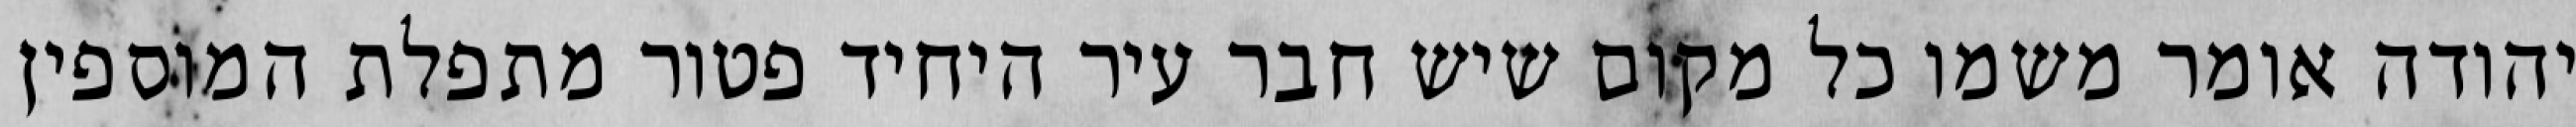
יהודה אומר משמו כל מקום שיש חבר עיר היחיד פטור מתפלת המוספין